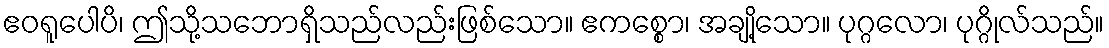
ဧဝရူပေါပိ၊ ဤသို့သဘောရှိသည်လည်းဖြစ်သော။ ဧကစ္စော၊ အချို့သော။ ပုဂ္ဂလော၊ ပုဂ္ဂိုလ်သည်။